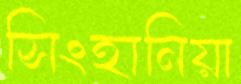
সিংহানিয়া